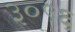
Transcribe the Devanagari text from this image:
३०९६